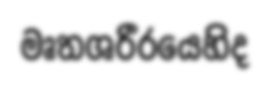
මෘතශරීරයෙහිද